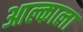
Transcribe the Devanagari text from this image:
आल्काला